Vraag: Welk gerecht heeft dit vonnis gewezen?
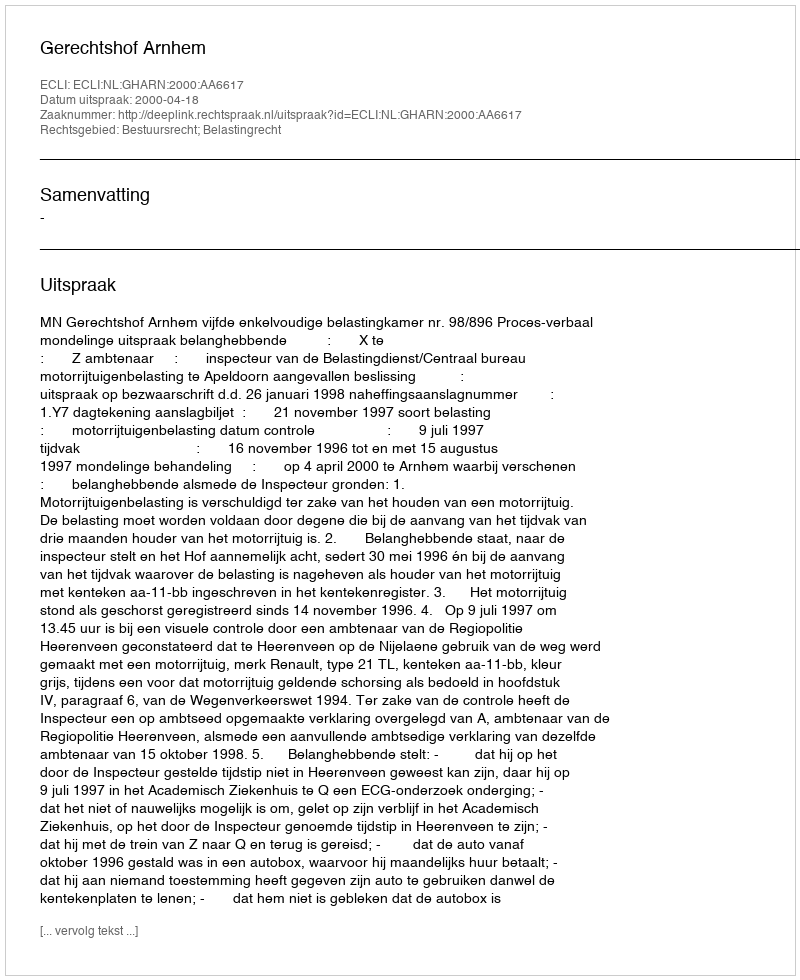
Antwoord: Gerechtshof Arnhem